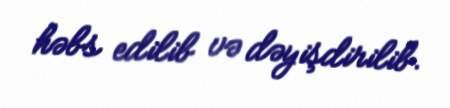
həbs edilib və dəyişdirilib.